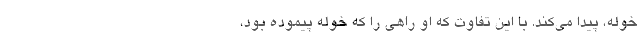
خوله، پيدا مي‌كند. با اين تفاوت كه او راهي را كه خوله پيموده بود،